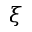
\xi